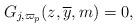
LaTeX: \begin{align*}G_{j,\varpi_p}(z, \overline{y}, m) = 0,\end{align*}